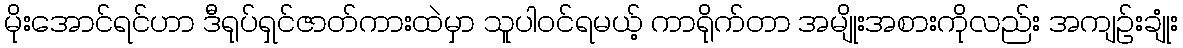
မိုးအောင်ရင်ဟာ ဒီရုပ်ရှင်ဇာတ်ကားထဲမှာ သူပါဝင်ရမယ့် ကာရိုက်တာ အမျိုးအစားကိုလည်း အကျဉ်းချုံး